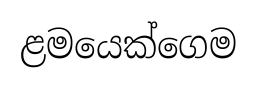
ළමයෙක්ගෙම